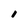
Character: I